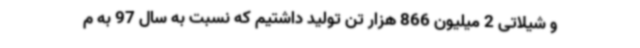
و شیلاتی 2 میلیون 866 هزار تن تولید داشتیم که نسبت به سال 97 به م